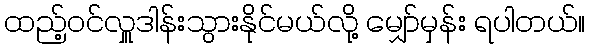
ထည့်ဝင်လှူဒါန်းသွားနိုင်မယ်လို့ မျှော်မှန်း ရပါတယ်။